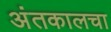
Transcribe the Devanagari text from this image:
अंतकालचा